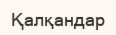
Қалқандар